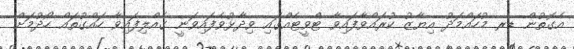
އެގޮތުން ޑރ މުހައްމަދު އިޔާޒު ކުރައްވާފައިވާ ޓްވީޓެއްގައި ވިދާޅުވެފައިވަނީ ގެއްލިފައިވާ ހައްގުތައް ހޯދުމަށް